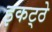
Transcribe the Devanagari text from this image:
इकट्‍ठे